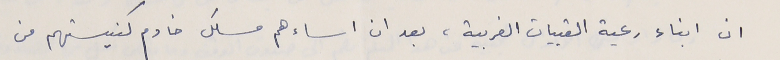
ان ابناء رعية القبيات الغربية، بعد ان اساءهم مسلك خادم كنيستهم من